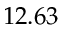
1 2 . 6 3